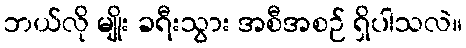
ဘယ်လို မျိုး ခရီးသွား အစီအစဉ် ရှိပါသလဲ။